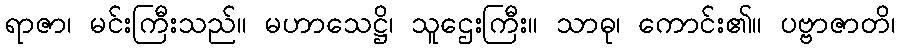
ရာဇာ၊ မင်းကြီးသည်။ မဟာသေဋ္ဌိ၊ သူဌေးကြီး။ သာဓု၊ ကောင်း၏။ ပဗ္ဗာဇာတိ၊